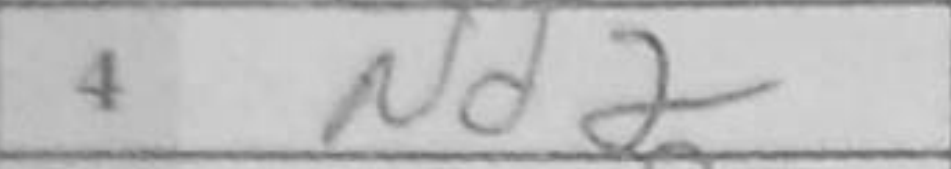
Transcription: Nd2